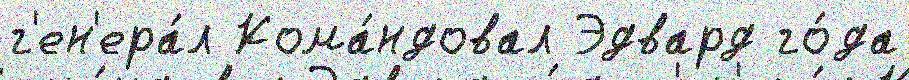
г'ен'ера́л Кома́ндовал Эдвард го́да